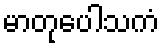
မာတုပေါသကံ